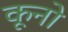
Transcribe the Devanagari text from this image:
कूनो